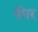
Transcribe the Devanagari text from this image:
पॅपर